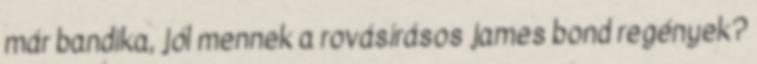
már bandika, jól mennek a rovásírásos james bond regények?